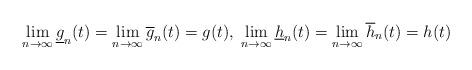
LaTeX: \begin{align*}\lim_{n\to\infty}\underline g_n(t)= \lim_{n\to\infty}\overline g_n(t)=g(t),\; \lim_{n\to\infty}\underline h_n(t)= \lim_{n\to\infty}\overline h_n(t)=h(t)\end{align*}